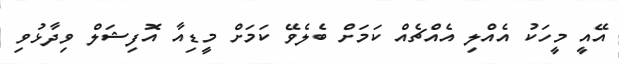
އޭއީ މީހަކު އެއްލި އެއްޗެއް ކަމަށް ބެލެވޭ ކަމަށް މީޑިއާ އޮފިޝަލް ވިދާޅުވި